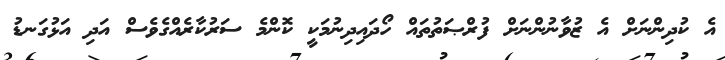
އެ ކުދިންނަށް އެ ޒުވާނުންނަށް ފުރްޞަތުތައް ހޯދައިދިނުމަކީ ކޮންމެ ސަރުކާރެއްގެވެސް އަދި އަޅުގަނޑު